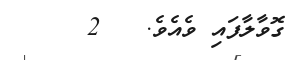
ގޮވާލާފައި ވެއެވެ.   2